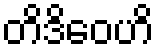
တိဒိဝေဟိ